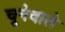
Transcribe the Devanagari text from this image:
चूनेवाले